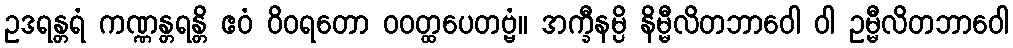
ဥဒရန္တရံ ကဏ္ဏန္တရန္တိ ဧဝံ ဝိဝရတော ဝဝတ္ထပေတဗ္ဗံ။ အက္ခီနမ္ပိ နိမ္မီလိတဘာဝေါ ဝါ ဥမ္မီလိတဘာဝေါ